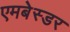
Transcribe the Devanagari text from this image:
एमबेस्डर